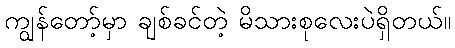
ကျွန်တော့်မှာ ချစ်ခင်တဲ့ မိသားစုလေးပဲရှိတယ်။